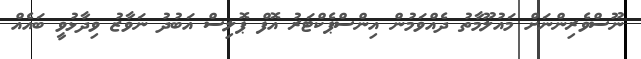
ނޫސްވެރިންނަށް މައުލޫމާތު ދެއްވަމުން އިންސްޕެކްޓަރު އޮފް ޕޮލިސް އަބުދު ނަވާޒު ވިދާޅުވީ ބައެއް